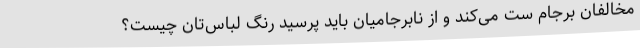
مخالفان برجام سِت می‌کند و از نابرجامیان باید پرسید رنگ لباس‌تان چیست؟